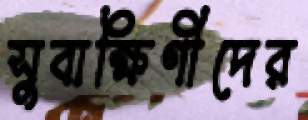
সুবাক্ষিণীদের